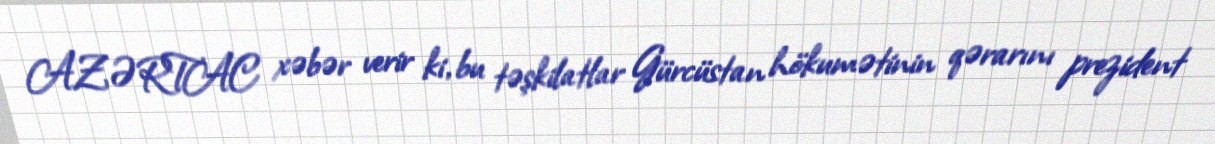
AZƏRTAC xəbər verir ki, bu təşkilatlar Gürcüstan hökumətinin qərarını prezident